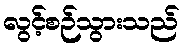
လွင့်စဉ်သွားသည်